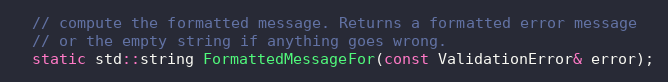
Language: C
  // compute the formatted message. Returns a formatted error message
  // or the empty string if anything goes wrong.
  static std::string FormattedMessageFor(const ValidationError& error);